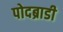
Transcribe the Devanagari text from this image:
पोदब्राडी